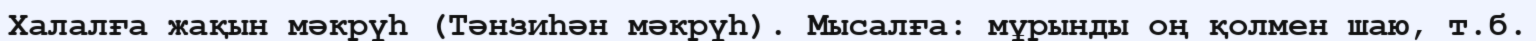
Халалға жақын мәкрүһ (Тәнзиһән мәкрүһ). Мысалға: мұрынды оң қолмен шаю, т.б.